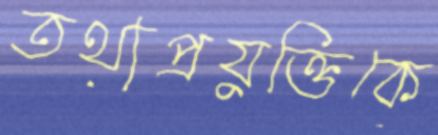
তথ্যপ্রযুক্তিকে